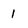
Character: 1